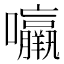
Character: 𱕰